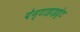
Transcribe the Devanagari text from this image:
पेन्टाहाइड्रेट